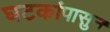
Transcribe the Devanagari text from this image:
घटकांपासुन